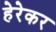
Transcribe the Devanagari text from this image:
हेरेकर